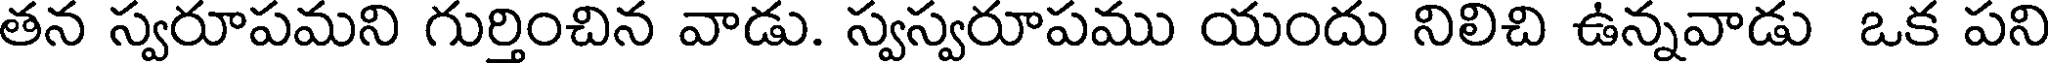
తన స్వరూపమని గుర్తించిన వాడు. స్వస్వరూపము యందు నిలిచి ఉన్నవాడు ఒక పని